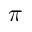
\pi